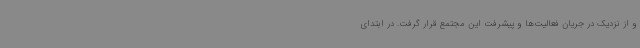
و از نزدیک در جریان فعالیت‌ها و پیشرفت این مجتمع قرار گرفت. در ابتدای